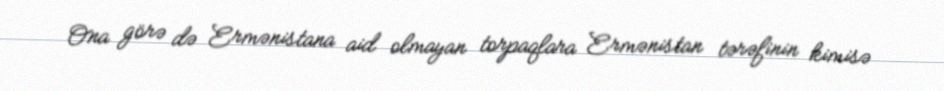
Ona görə də Ermənistana aid olmayan torpaqlara Ermənistan tərəfinin kimisə